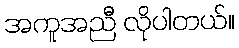
အကူအညီ လိုပါတယ်။